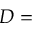
D =